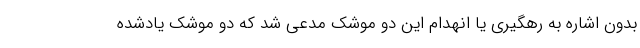
بدون اشاره به رهگیری یا انهدام این دو موشک مدعی شد که دو موشک یادشده